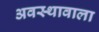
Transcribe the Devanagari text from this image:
अवस्थावाला